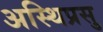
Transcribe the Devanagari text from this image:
अस्थिप्रसु